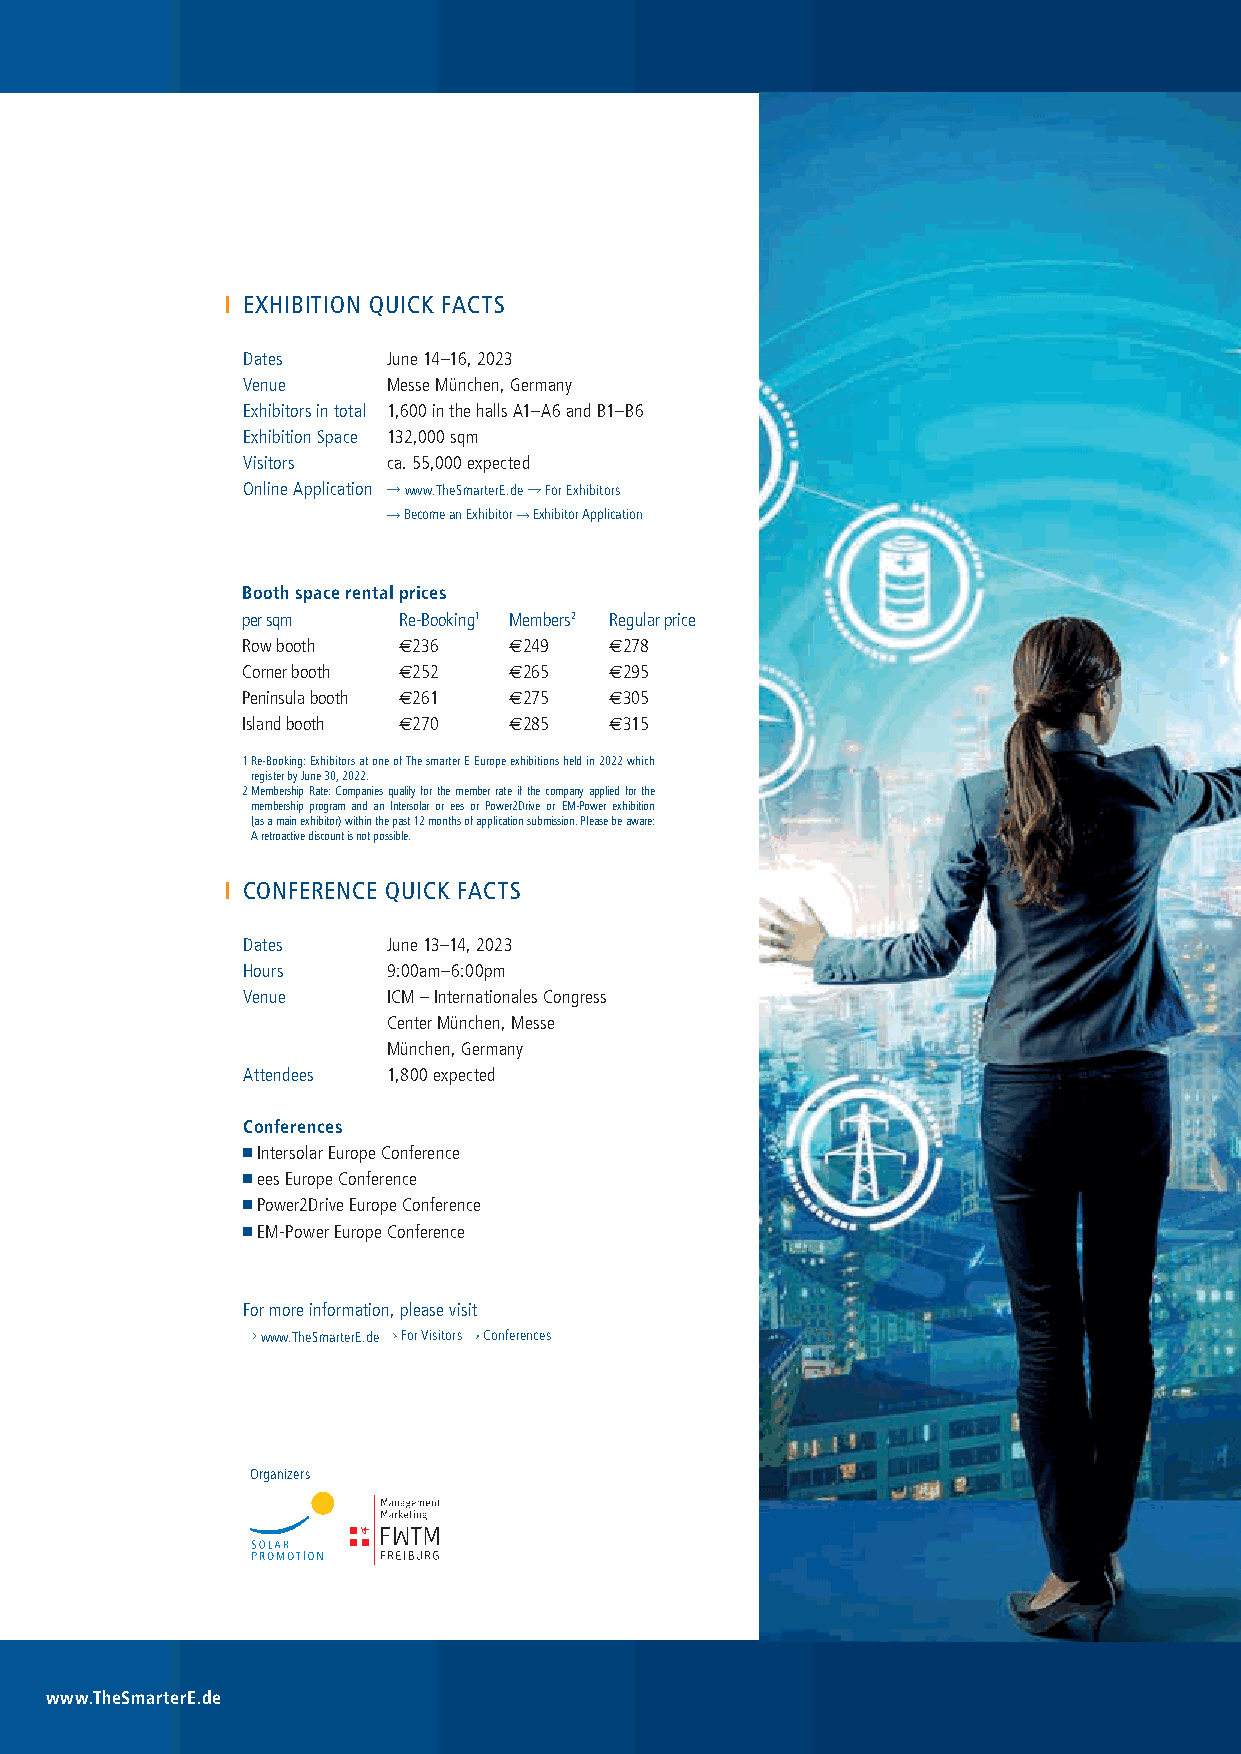
EXHIBITION QUICK FACTS
 Dates     June 14–16, 2023
 Venue     Messe München, Germany
 Exhibitors in total 1,600 in the halls A1–A6 and B1–B6
 Exhibition Space 132,000 sqm
 Visitors  ca. 55,000 expected
 Online Application www.TheSmarterE.de For Exhibitors
 Become an Exhibitor Exhibitor Application
 Booth space rental prices
 per sqm   Re-Booking1 Members2 Regular price
 Row booth €236    €249  €278
 Corner booth €252 €265  €295
 Peninsula booth €261 €275 €305
 Island booth €270 €285  €315
 1 Re-Booking: Exhibitors at one of The smarter E Europe exhibitions held in 2022 which
 register by June 30, 2022.
 2 Membership Rate: Companies qualify for the member rate if the company applied for the
 membership program and an Intersolar or ees or Power2Drive or EM-Power exhibition
 (as a main exhibitor) within the past 12 months of application submission. Please be aware:
 A retroactive discount is not possible.
 CONFERENCE QUICK FACTS
 Dates     June 13–14, 2023
 Hours     9:00am–6:00pm
 Venue     ICM – Internationales Congress
 Center München, Messe
 München, Germany
 Attendees 1,800 expected
 Conferences
 Intersolar Europe Conference
 ees Europe Conference
 Power2Drive Europe Conference
 EM-Power Europe Conference
 For more information, please visit
 www.TheSmarterE.de For Visitors Conferences
 Organizers
 www.TheSmarterE.de